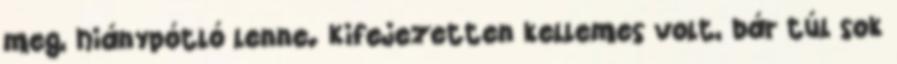
meg, hiánypótló lenne. Kifejezetten kellemes volt, bár túl sok